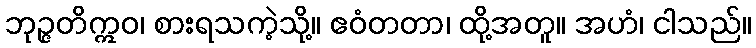
ဘုဉ္ဇတိဣဝ၊ စားရသကဲ့သို့။ ဧဝံတတာ၊ ထို့အတူ။ အဟံ၊ ငါသည်။